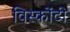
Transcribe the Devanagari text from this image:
विस्कोंटी